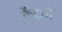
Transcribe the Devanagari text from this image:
केंटची